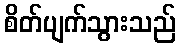
စိတ်ပျက်သွားသည်